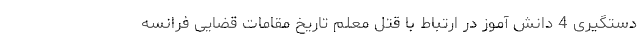
دستگیری 4 دانش آموز در ارتباط با قتل معلم تاریخ مقامات قضایی فرانسه